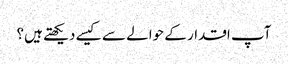
آپ اقدار کے حوالے سے کیسے دیکھتے ہیں؟